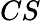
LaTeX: CS